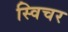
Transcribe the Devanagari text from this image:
स्विचर